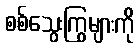
စစ်သွေးကြွများကို